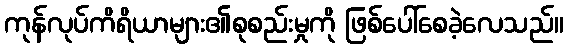
ကုန်လုပ်ကိရိယာများ၏စုစည်းမှုကို ဖြစ်ပေါ်စေခဲ့လေသည်။